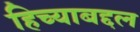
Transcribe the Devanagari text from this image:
हिच्याबद्दल